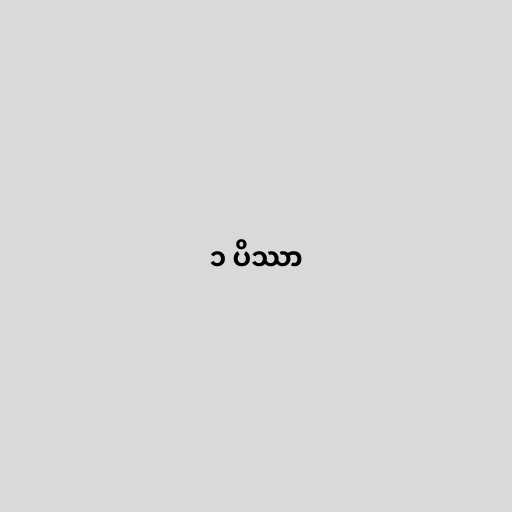
၁ ပိဿာ